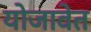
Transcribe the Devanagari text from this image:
योजावेत